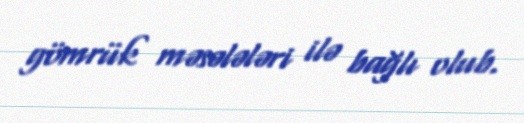
gömrük məsələləri ilə bağlı olub.